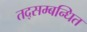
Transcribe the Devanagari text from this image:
तद्सम्बन्धित